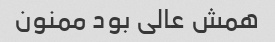
همش عالی بود ممنون